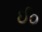
ઈ૦